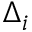
\Delta _ { i }